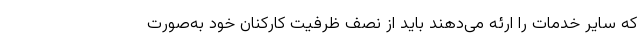
که سایر خدمات را ارئه می‌دهند باید از نصف ظرفیت کارکنان خود به‌صورت